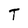
Character: T